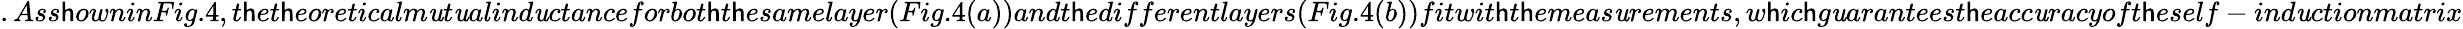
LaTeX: .Ass\mathsf{h}owninFig.4,t\mathsf{h}et\mathsf{h}eoreticalm\mathit{u}t\mathit{u}alind\mathit{u}ctanceforbot\mathsf{h}t\mathsf{h}esamelayer(Fig.4(a))andt\mathsf{h}edifferentlayers(Fig.4(b))fitwit\mathsf{h}t\mathsf{h}emeas\mathit{u}rements,w\mathsf{h}ic\mathsf{h}g\mathit{u}aranteest\mathsf{h}eacc\mathit{u}racyoft\mathsf{h}eself-ind\mathit{u}ctionmatrix